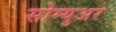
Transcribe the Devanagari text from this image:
सोम्युअर